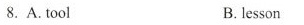
8. A. tool B. lesson